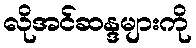
လိုအင်ဆန္ဒများကို